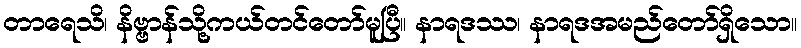
တာရေသိ၊ နိဗ္ဗာန်သို့ကယ်တင်တော်မူပြီ။ နာရဒဿ၊ နာရဒအမည်တော်ရှိသော။